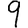
Digit: 9